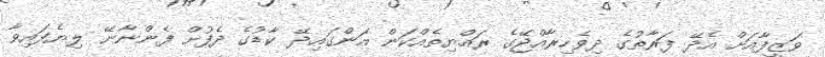
ވަޒީފާއަށް އެދޭ ފަރާތުގެ ދިވެހިރާއްޖޭގެ ރައްޔިތެއްކަން އަންގައިދޭ ކާޑުގެ ދެފުށް ފެންނާނޭ ލިޔެފައިވާ